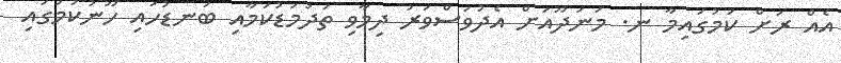
އެއް ރަށް ކަމުގައިމާ ނ. މަނަދޫއަށް އެދުވަސްވަރު ދިމާވި ތަދުމަޑުކަމާއި ބަނޑުހައި ހޫނުކަމުގައި